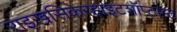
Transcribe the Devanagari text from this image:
राइखसिकेरहाइटशॉप्टाम्ट